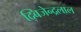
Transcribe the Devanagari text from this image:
द्बिजेन्द्रलाल